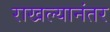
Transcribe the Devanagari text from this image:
राखल्यानंतर